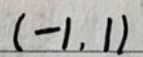
$(-1,1)$